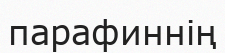
парафиннің